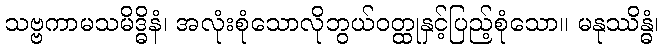
သဗ္ဗကာမသမိဒ္ဓိနံ၊ အလုံးစုံသောလိုဘွယ်ဝတ္ထုနှင့်ပြည့်စုံသော။ မနုဿိန္ဓံ၊